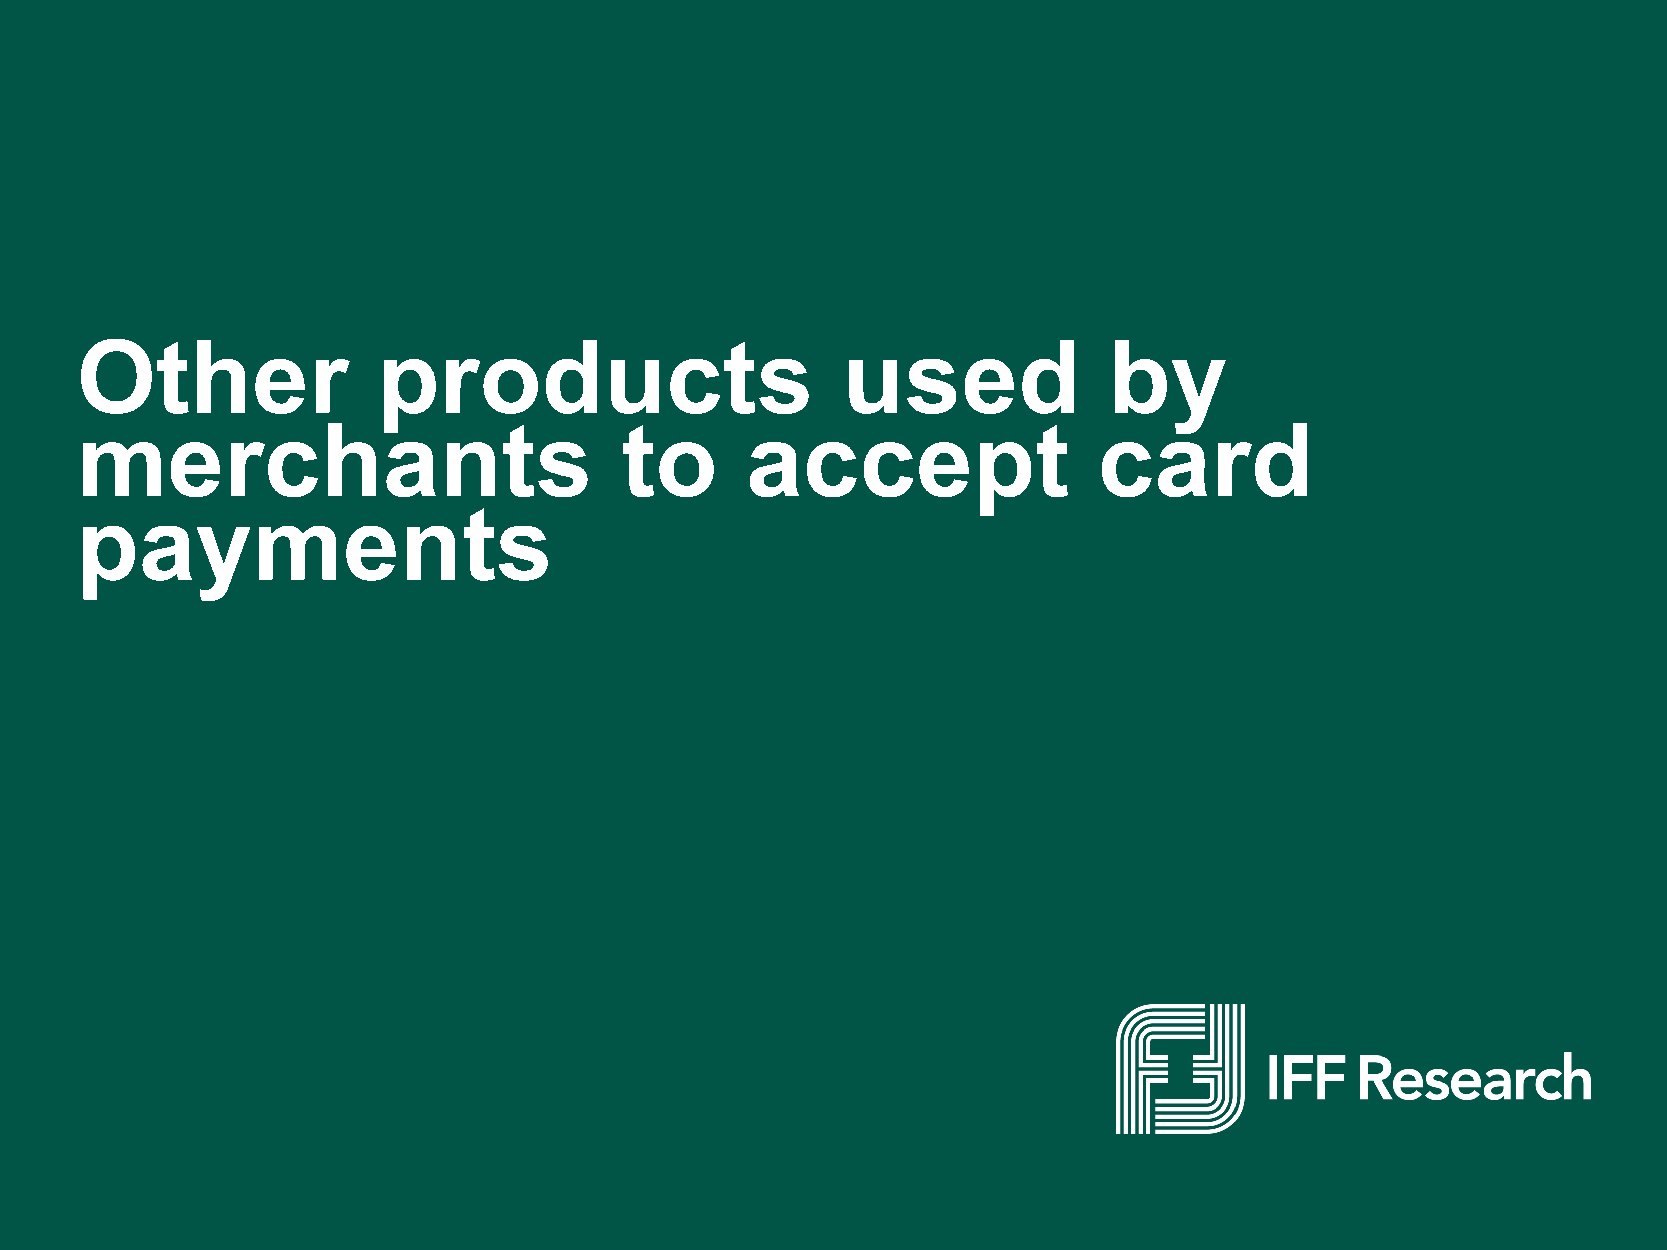
Other               products                       used             by
 merchants                           to      accept                  card
 payments